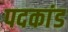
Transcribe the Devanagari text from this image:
पदकांड